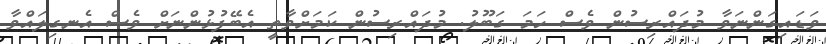
ވަޑައިގަންނަވާ މުދައްރިސުން ވެސް ހަމަ ގަބޫލު. މުދައްރިސުން ކަމަށްވާތީ އެބޭފުޅުންނަށް ވެސް އެނގިލައްވާ